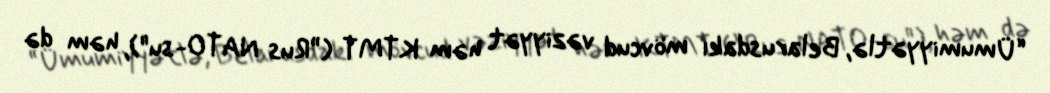
“Ümumiyyətlə, Belarusdakı mövcud vəziyyət həm KTMT (”Rus NATO-su"), həm də